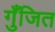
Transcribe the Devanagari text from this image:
गुँजित